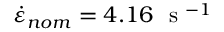
\dot { \varepsilon } _ { n o m } = 4 . 1 6 ~ \mathrm { ~ s ~ } ^ { - 1 }